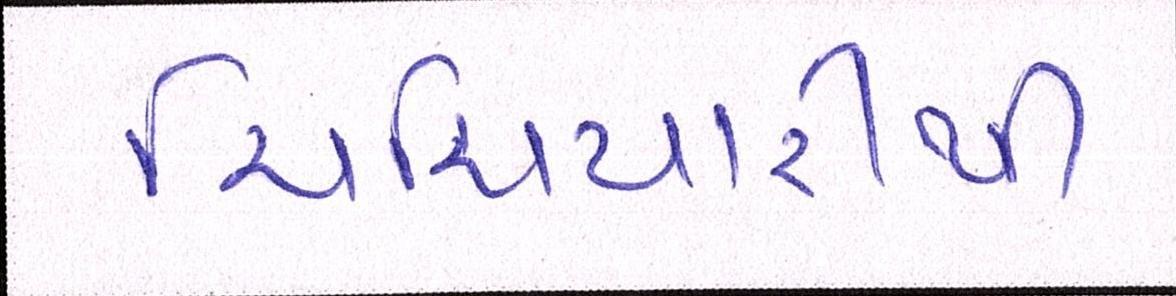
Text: ચિચિયારીથી